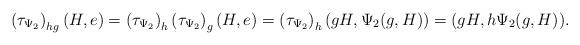
LaTeX: \begin{align*} \left(\tau_{\Psi_2}\right)_{hg}(H,e)=\left(\tau_{\Psi_2}\right)_h \left(\tau_{\Psi_2}\right)_g(H,e)= \left(\tau_{\Psi_2}\right)_h(gH,\Psi_2(g,H))=(gH,h\Psi_2(g,H)). \end{align*}